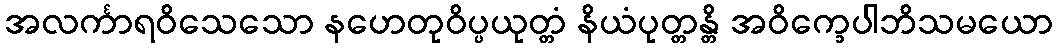
အလင်္ကာရဝိသေသော နဟေတုဝိပ္ပယုတ္တံ နိယံပုတ္တန္တိ အဝိက္ခေပါဘိသမယော